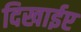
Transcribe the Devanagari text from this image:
दिखाईए